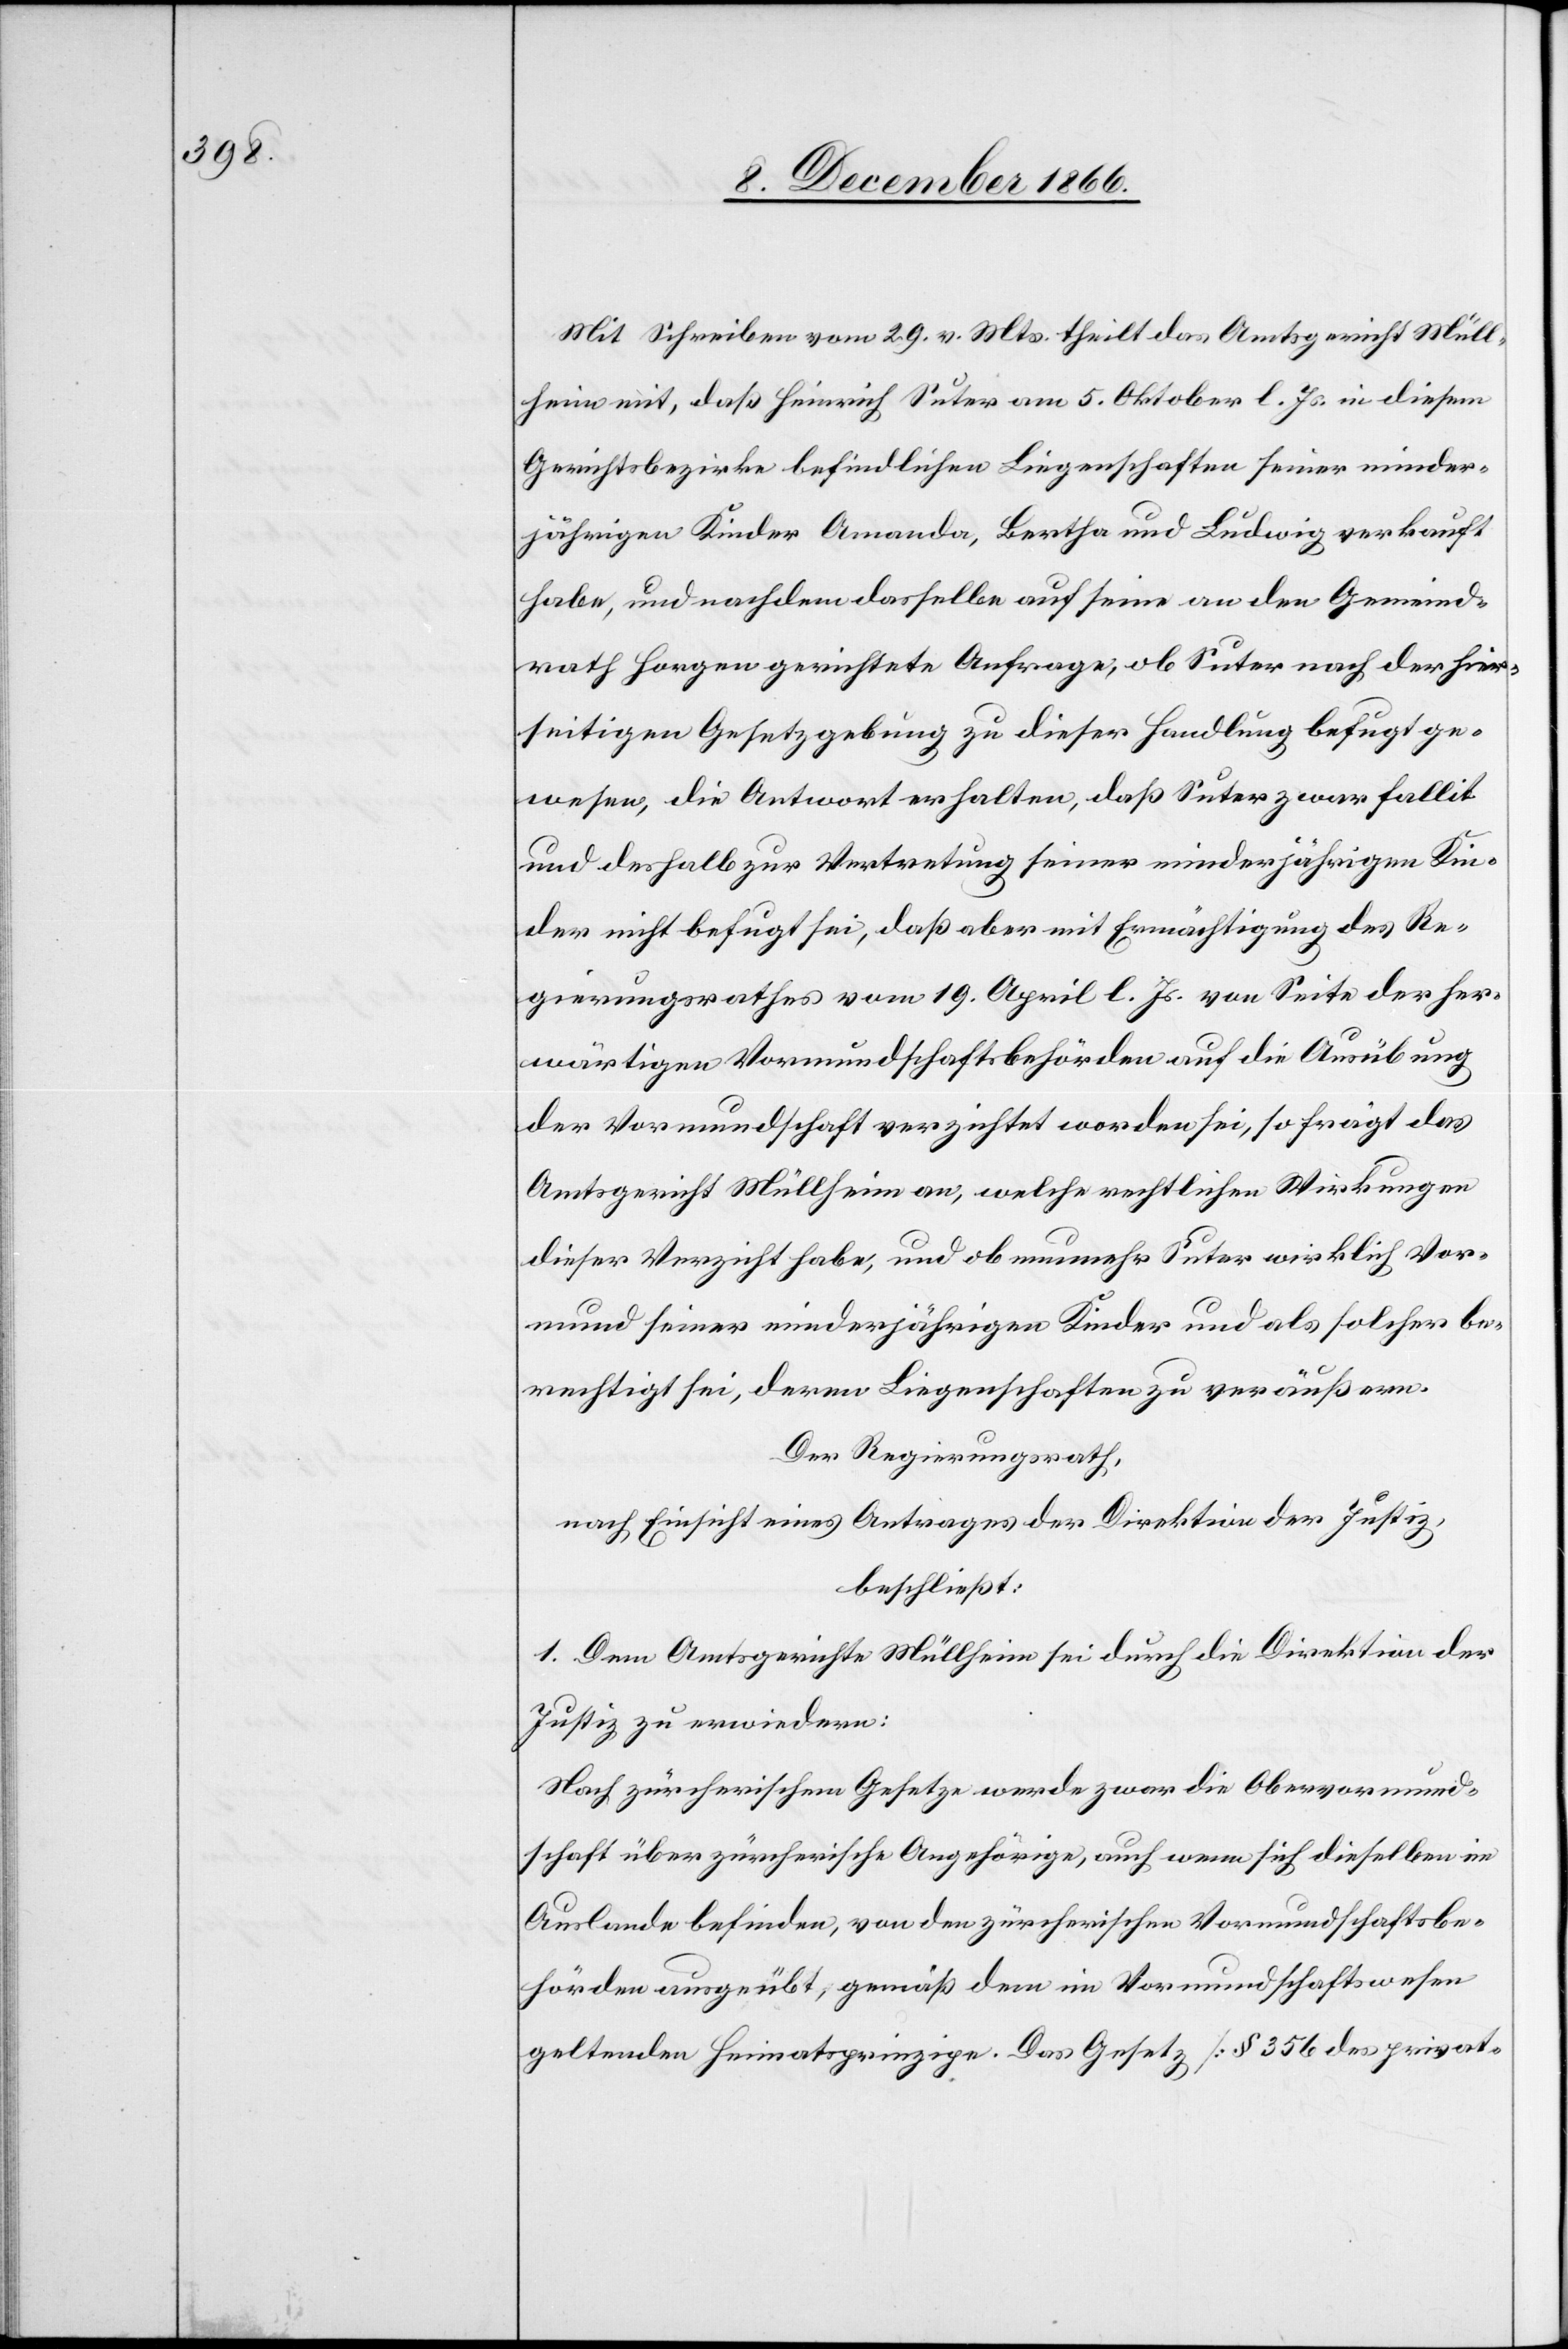
Mit Schreiben vom 29. v. Mts. theilt das Amtsgericht Müll¬
heim mit, daß Heinrich Suter am 5. Oktober l. Js. [die] in diesem
Gerichtsbezirke befindlichen Liegenschaften seiner minder¬
jährigen Kinder Amanda, Bertha und Ludwig verkauft
habe, und nachdem dasselbe auf seine an den Gemeind¬
rath Horgen gerichtete Anfrage, ob Suter nach der hier¬
seitigen Gesetzgebung zu dieser Handlung befugt ge¬
wesen, die Antwort erhalten, daß Suter zwar fallit
und deshalb zur Vertretung seiner minderjährigen Kin¬
der nicht befugt sei, daß aber mit Ermächtigung des Re¬
gierungsrathes vom 19. April l. Js. von Seite der her¬
wärtigen Vormundschaftsbehörden auf die Ausübung
der Vormundschaft verzichtet worden sei, so frägt das
Amtsgericht Müllheim an, welche rechtlichen Wirkungen
dieser Verzicht habe, und ob nunmehr Suter wirklich Vor¬
mund seiner minderjährigen Kinder und als solcher be¬
rechtigt sei, deren Liegenschaften zu veräußern.
Der Regierungsrath,
nach Einsicht eines Antrages der Direktion der Justiz,
beschließt:
1. Dem Amtsgerichte Müllheim sei durch die Direktion der
Justiz zu erwiedern:
Nach zürcherischem Gesetze werde zwar die Obervormund¬
schaft über zürcherische Angehörige, auch wenn sich dieselben im
Auslande befinden, von den zürcherischen Vormundschaftsbe¬
hörden ausgeübt, gemäß dem im Vormundschaftswesen
geltenden Heimatprinzipe. Das Gesetz [§ 356 des privat-